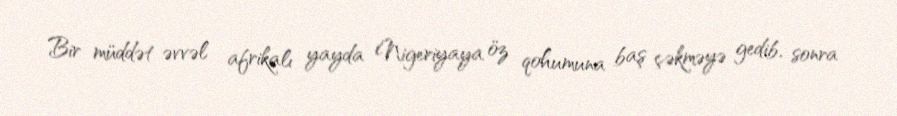
Bir müddət əvvəl afrikalı yayda Nigeriyaya öz qohumuna baş çəkməyə gedib, sonra